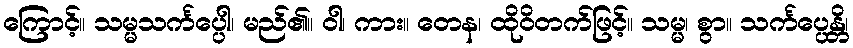
ကြောင့်။ သမ္မသင်္ကပ္ပေါ၊ မည်၏။ ဝါ၊ ကား။ တေန၊ ထိုဝိတက်ဖြင့်။ သမ္မ၊ စွာ။ သင်္ကပ္ပေန္တိ၊